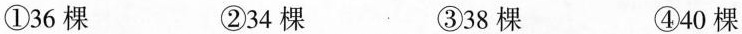
①36棵 ②34棵 ③38棵 ④40棵